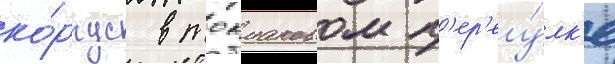
ко́рпус в токмаковом п'ер'еу́лк'е